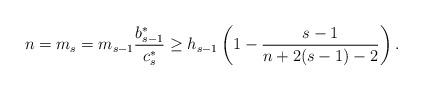
LaTeX: \begin{align*}n=m_s=m_{s-1} \frac{b_{s-1}^*}{ c_{s}^*} \geq h_{s-1}\left(1-\frac{s-1}{n+2(s-1)-2} \right).\end{align*}